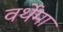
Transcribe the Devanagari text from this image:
वर्थेमा